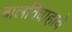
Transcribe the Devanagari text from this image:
बालविवाहाचे